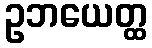
ဥဘယေတ္ထ